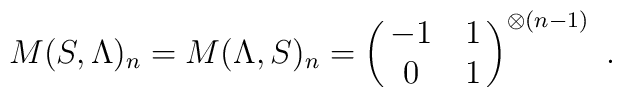
M(S,\Lambda)_n = M(\Lambda,S)_n=\left(\matrix{-1 & 1 \cr0 & 1 \cr}\right)^{\otimes (n-1)} \ .